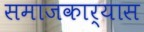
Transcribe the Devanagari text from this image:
समाजकार्यास